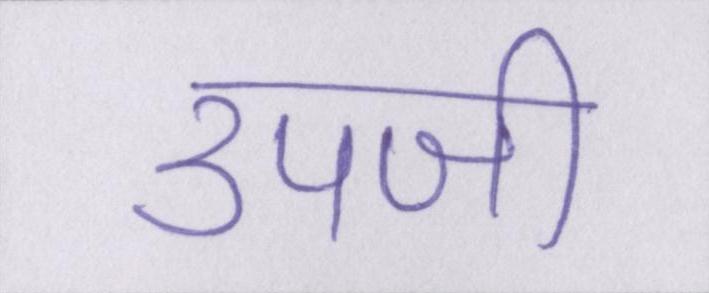
उपजी